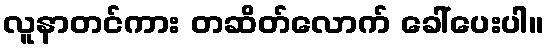
လူနာတင်ကား တဆိတ်လောက် ခေါ်ပေးပါ။